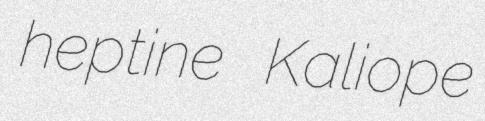
heptine Kaliope